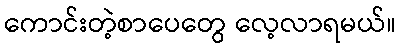
ကောင်းတဲ့စာပေတွေ လေ့လာရမယ်။